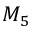
M _ { 5 }